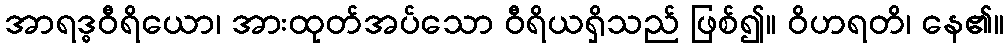
အာရဒ္ဓဝီရိယော၊ အားထုတ်အပ်သော ဝီရိယရှိသည် ဖြစ်၍။ ဝိဟရတိ၊ နေ၏။